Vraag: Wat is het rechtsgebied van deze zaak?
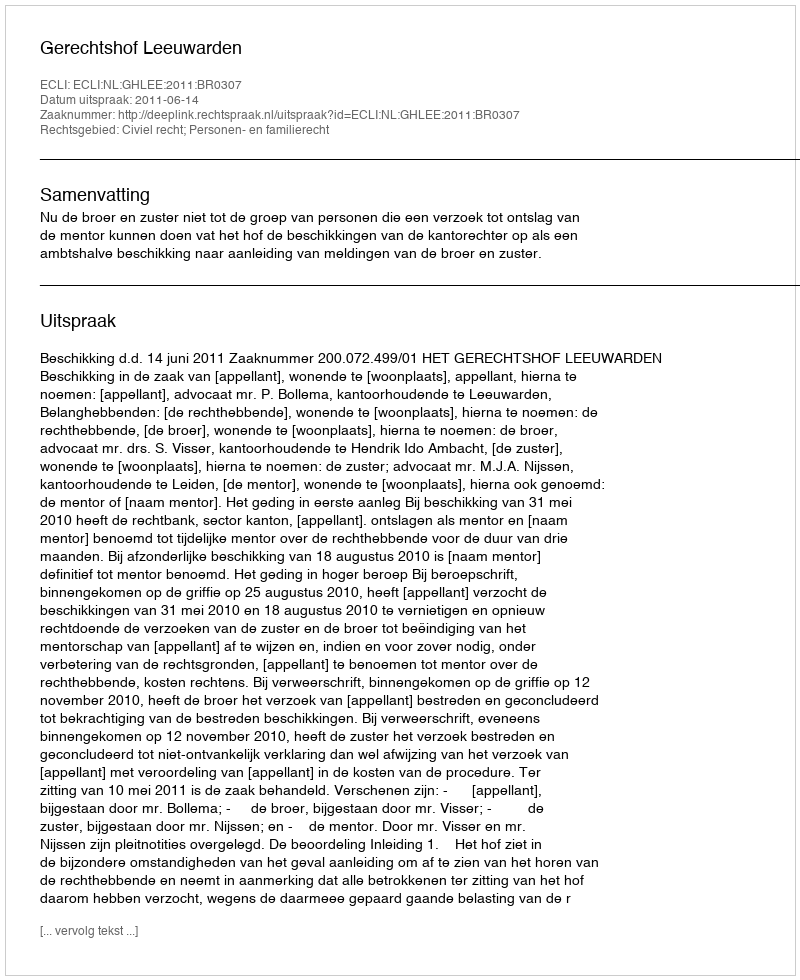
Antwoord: Civiel recht; Personen- en familierecht